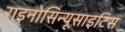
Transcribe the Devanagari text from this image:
राइनोसिन्यूसाइटिस